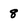
Character: 8